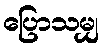
ပြောသမျှ